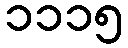
၁၁၁၅